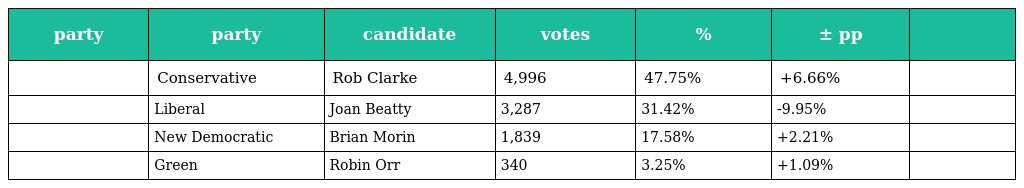
| party | party | candidate | votes | % | ± pp |  |
 | --- | --- | --- | --- | --- | --- | --- |
 |  | Conservative | Rob Clarke | 4,996 | 47.75% | +6.66% |  |
 |  | Liberal | Joan Beatty | 3,287 | 31.42% | -9.95% |  |
 |  | New Democratic | Brian Morin | 1,839 | 17.58% | +2.21% |  |
 |  | Green | Robin Orr | 340 | 3.25% | +1.09% |  |